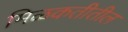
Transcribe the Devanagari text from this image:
मिळकतीतील